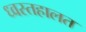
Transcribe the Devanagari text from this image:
ध्वस्तहालत